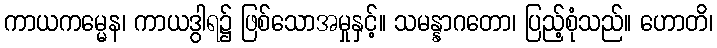
ကာယကမ္မေန၊ ကာယဒွါရ၌ ဖြစ်သောအမှုနှင့်။ သမန္နာဂတော၊ ပြည့်စုံသည်။ ဟောတိ၊